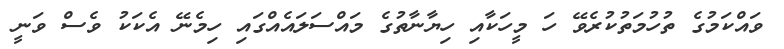
ވައްކަމުގެ ތުހުމަތުކުރެވޭ ހަ މީހަކާއި ހިޔާނާތުގެ މައްސަލައެއްގައި ހިމެނޭ އެކަކު ވެސް ވަނީ